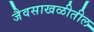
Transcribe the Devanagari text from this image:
जैवसाखळीतील